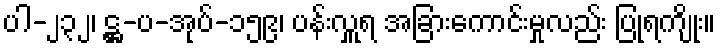
ပါ-၂၃၂၊ ဋ္ဌ-ပ-အုပ်-၁၅၉၊ ပန်းလှူရ အခြားကောင်းမှုလည်း ပြုရကျိုး။